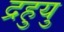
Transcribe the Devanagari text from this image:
द्रहुयु